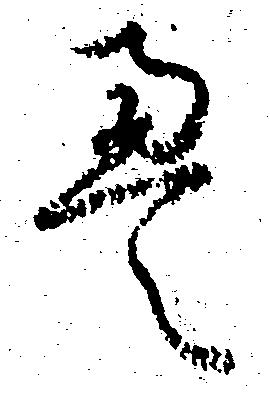
え